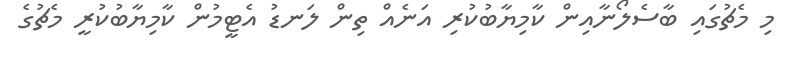
މި މެޗުގައި ބާސެލޯނާއިން ކާމިޔާބުކުރި އަނެއް ތިން ލަނޑު އެޓީމުން ކާމިޔާބުކުރީ މެޗުގެ